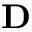
\mathbf { D }